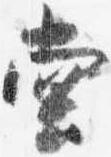
堂